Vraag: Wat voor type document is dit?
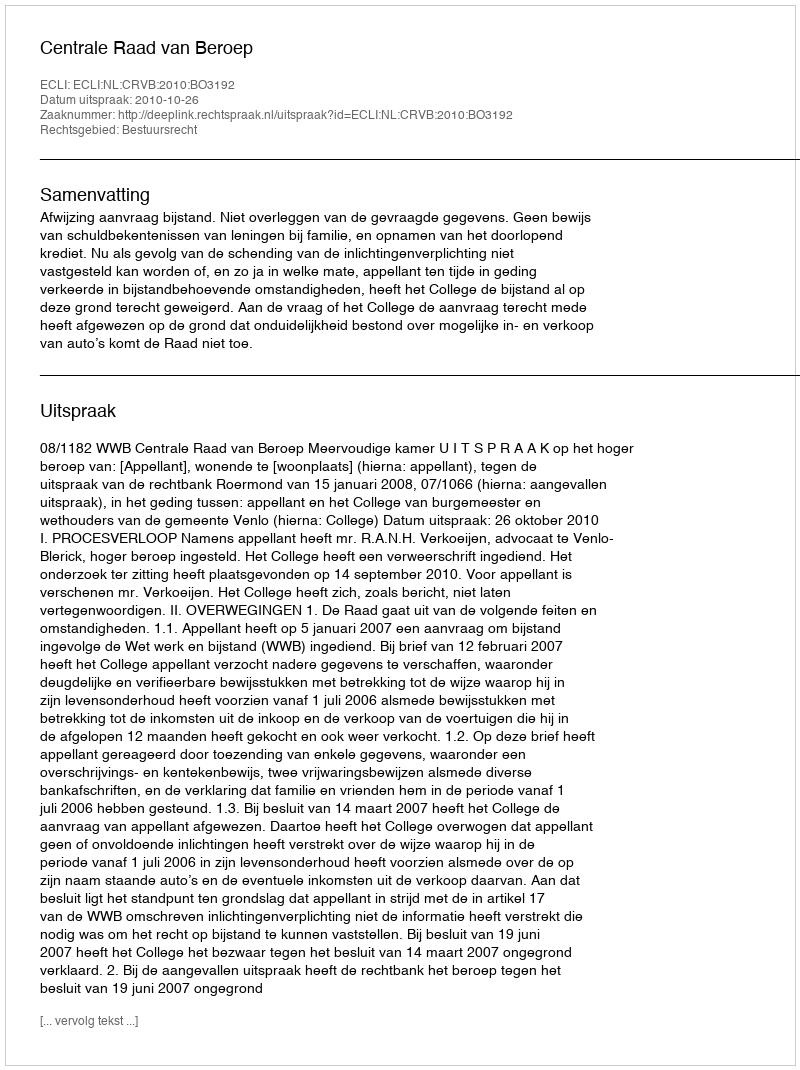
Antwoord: Uitspraak